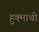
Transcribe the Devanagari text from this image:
हुक्माची